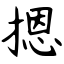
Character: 摁